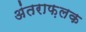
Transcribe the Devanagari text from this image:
अंतराफ़लक